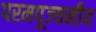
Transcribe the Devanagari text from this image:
परमपूज्‍यनीय